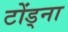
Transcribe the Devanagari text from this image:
टोंड्ना